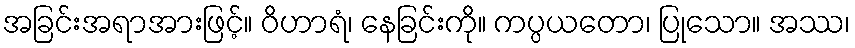
အခြင်းအရာအားဖြင့်။ ဝိဟာရံ၊ နေခြင်းကို။ ကပ္ပယတော၊ ပြုသော။ အဿ၊